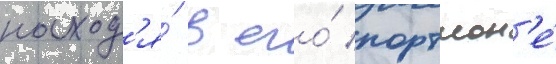
наход'я́ в его́ портмон'е́